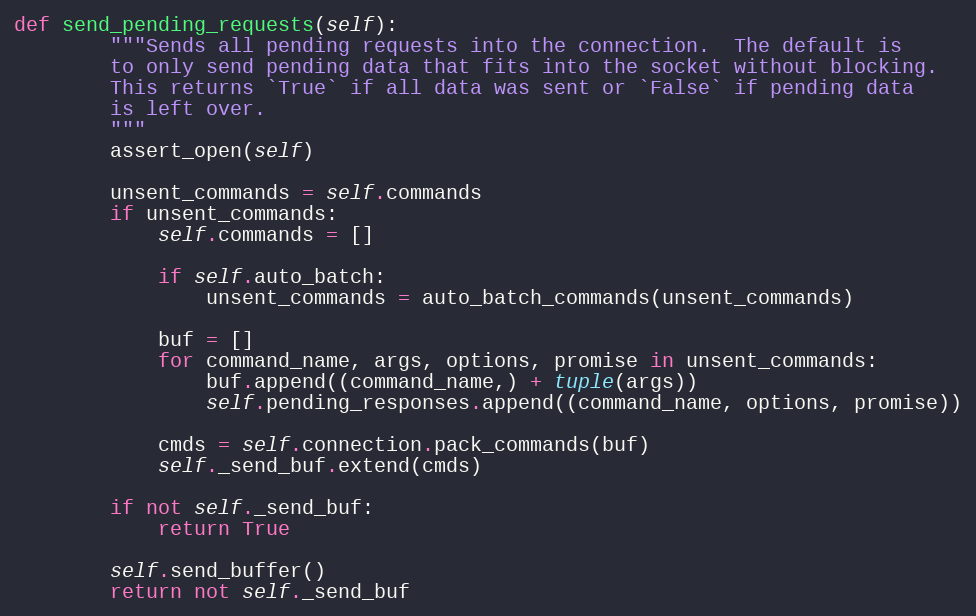
Language: Python
def send_pending_requests(self):
        """Sends all pending requests into the connection.  The default is
        to only send pending data that fits into the socket without blocking.
        This returns `True` if all data was sent or `False` if pending data
        is left over.
        """
        assert_open(self)

        unsent_commands = self.commands
        if unsent_commands:
            self.commands = []

            if self.auto_batch:
                unsent_commands = auto_batch_commands(unsent_commands)

            buf = []
            for command_name, args, options, promise in unsent_commands:
                buf.append((command_name,) + tuple(args))
                self.pending_responses.append((command_name, options, promise))

            cmds = self.connection.pack_commands(buf)
            self._send_buf.extend(cmds)

        if not self._send_buf:
            return True

        self.send_buffer()
        return not self._send_buf